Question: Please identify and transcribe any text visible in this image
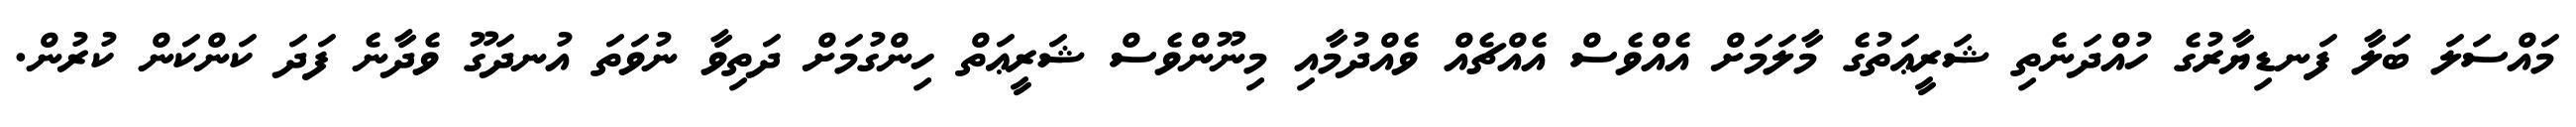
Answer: މައްސަލަ ބަލާ ފަނޑިޔާރުގެ ހުއްދަނެތި ޝަރީޢަތުގެ މާލަމަށް އެއްވެސް އެއްޗެއް ވެއްދުމާއި މިނޫންވެސް ޝަރީޢަތް ހިންގުމަށް ދަތިވާ ނުވަތަ އުނދަގޫ ވެދާނެ ފަދަ ކަންކަން ކުރުން.